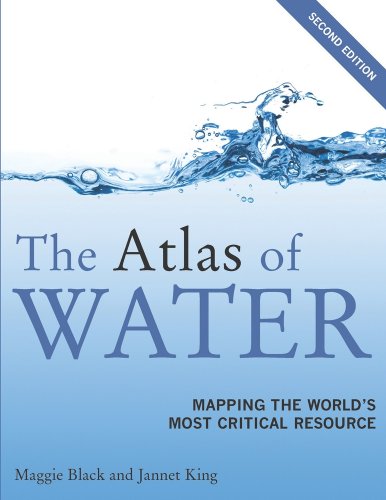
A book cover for The Atlas of Water, Second Edition: Mapping the World's Most Critical Resource; Maggie Black; Science & Math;